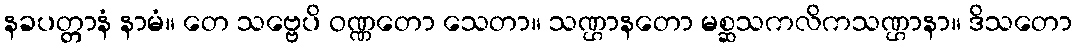
နခပတ္တာနံ နာမံ။ တေ သဗ္ဗေပိ ဝဏ္ဏတော သေတာ။ သဏ္ဌာနတော မစ္ဆသကလိကသဏ္ဌာနာ။ ဒိသတော